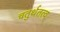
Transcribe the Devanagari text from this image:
चतुर्थतत्व